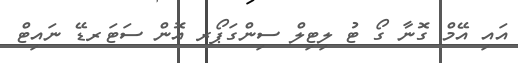
އައި އޭމް ގޮނާ ގޯ ޓު ލިޓިލް ސިންގަޕޯރ އޮން ސަޓަރޑޭ ނައިޓް